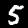
Label: 5